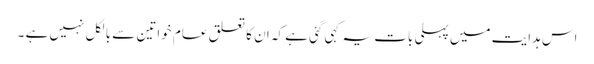
اس ہدایت میں پہلی بات یہ کہی گئی ہے کہ ان کا تعلق عام خواتین سے بالکل نہیں ہے ۔